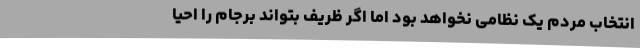
انتخاب مردم یک نظامی نخواهد بود اما اگر ظریف بتواند برجام را احیا